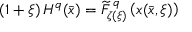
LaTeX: ( 1 + \xi ) \, H ^ { q } ( \bar { x } ) = \widetilde { \cal F } _ { \zeta ( \xi ) } ^ { \, q } \left( x ( \bar { x } , \xi ) \right)